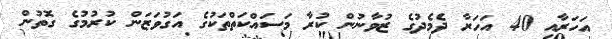
އަހަރާއި 40 އަހަރާ ދެމެދުގެ ޒުވާނުން ކުރާ މަސައްކަތްތަކުގެ އަގުވަޒަން ކުރުމުގެ ގޮތުން